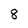
Character: 8